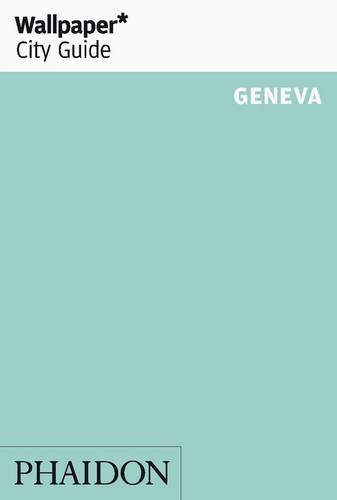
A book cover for Wallpaper* City Guide Geneva; Travel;